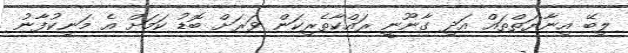
ލިބޭ އިނާޔަތްތައް އަދި ގާނޫނީ ރައްކާތެރިކަން ވަރަށް ބޮޑު ކަމަށް އެ މަނިކުފާނު